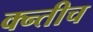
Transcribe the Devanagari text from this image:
क्न्तीच